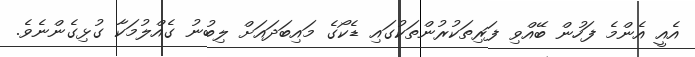
އެއީ އެންމެ ފަހުން ބޭއްވި ފަރިތަކުރުންތަކުގައި ޑެކޯގެ މައިބަދައަށް ލިބުނު ގެއްލުމަކާ ގުޅިގެންނެވެ.